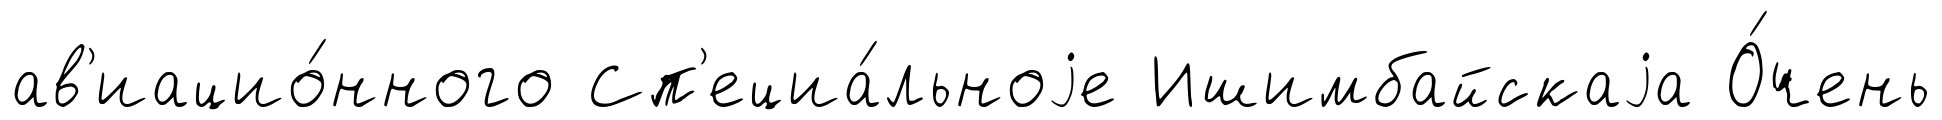
ав'иацио́нного Сп'ециа́льноjе Ишимбайскаjа О́чень